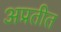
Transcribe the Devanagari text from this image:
अप्रतीत